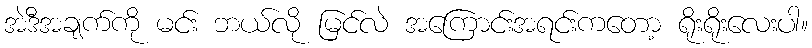
အဲဒီအချက်ကို မင်း ဘယ်လို မြင်လဲ အကြောင်းအရင်းကတော့ ရိုးရိုးလေးပါ။